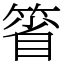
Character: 箵